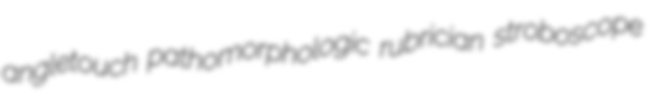
angletouch pathomorphologic rubrician stroboscope